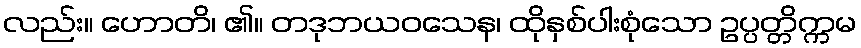
လည်း။ ဟောတိ၊ ၏။ တဒုဘယဝသေန၊ ထိုနှစ်ပါးစုံသော ဥပ္ပတ္တိက္ကမ